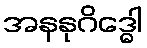
အနနုဂိဒ္ဓေါ